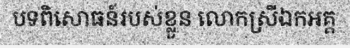
បទពិសោធន៍របស់ខ្លួន លោកស្រីឯកអគ្គ